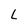
Character: L